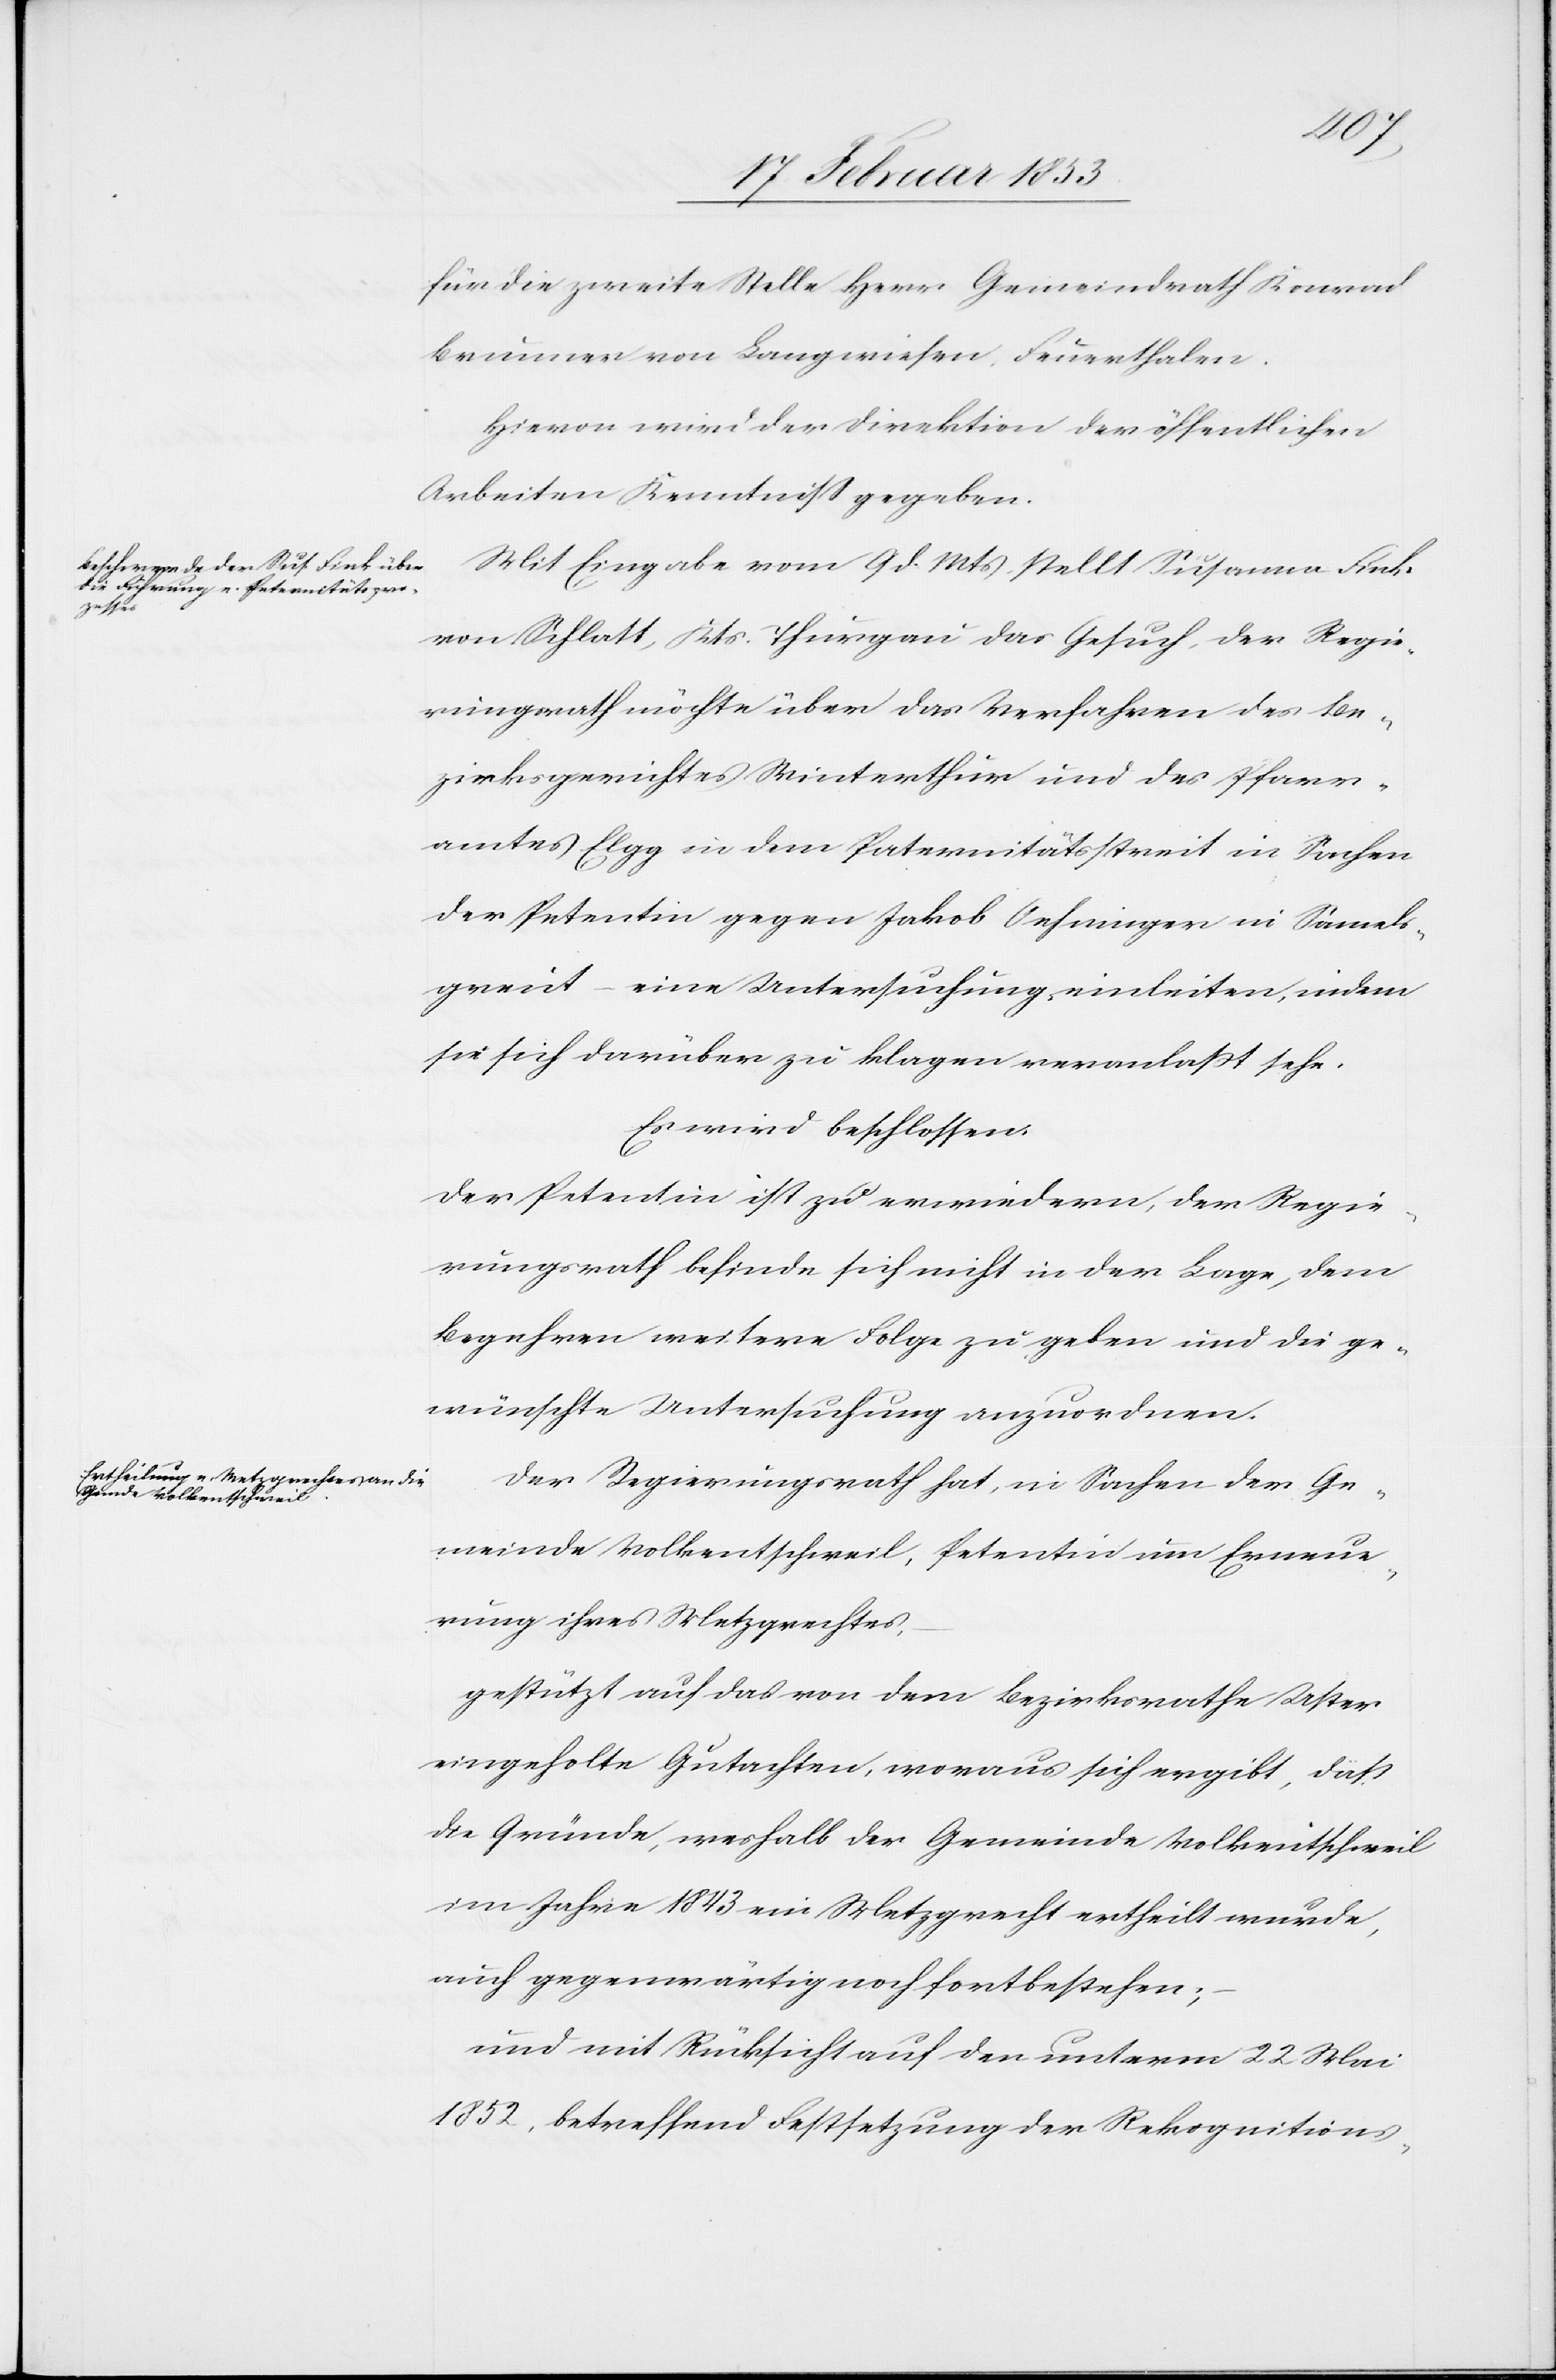
für die zweite Stelle Herr Gemeindrath Konrad
Brunner von Langwiesen, Feuerthalen.
Hievon wird der Direktion der öffentlichen
Arbeiten Kenntniß gegeben.
Mit Eingabe vom 9 d. Mts. stellt Susanna Fink
von Schlatt, Kts. Thurgau das Gesuch, der Regie¬
rungsrath möchte über das Verfahren des Be¬
zirksgerichtes Winterthur und des Pfarr¬
amtes Elgg in dem Paternitätsstreit in Sachen
der Petentin gegen Jakob Oehminger in Samels¬
greit [sic!] eine Untersuchung einleiten, indem
sie sich darüber zu klagen veranlaßt sehe.
Es wird beschlossen:
Der Petentin ist zu erwiedern, der Regie¬
rungsrath befinde sich nicht in der Lage, dem
Begehren weitere Folge zu geben und die ge¬
wünschte Untersuchung anzuordnen.
Der Regierungsrath hat, in Sachen der Ge¬
meinde Volkentschweil, Petentin um Erneue¬
rung ihres Metzgrechtes,
gestützt auf das von dem Bezirksrathe Uster
eingeholte Gutachten, woraus sich ergibt, daß
die Gründe, weshalb der Gemeinde Volkentschweil
im Jahre 1843 ein Metzgrecht ertheilt wurde,
auch gegenwärtig noch fortbestehen;
und mit Rücksicht auf den unterm 22 Mai
1852, betreffend Festsetzung der Rekognitions-